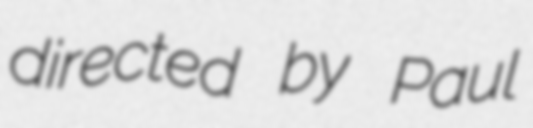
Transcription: directed by Paul